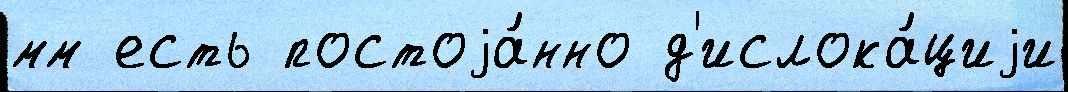
мм есть постоjа́нно д'ислока́циjи